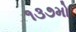
૧૩૭મો